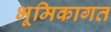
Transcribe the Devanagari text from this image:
भूमिकागत